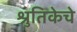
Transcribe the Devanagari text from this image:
श्रुतिकेचे